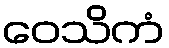
ဝေသိကံ